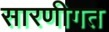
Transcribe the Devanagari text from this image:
सारणीगत